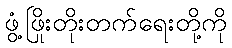
ဖွံ့ဖြိုးတိုးတက်ရေးတို့ကို